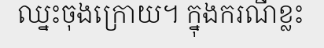
ឈ្នះចុងក្រោយ។ ក្នុងករណីខ្លះ